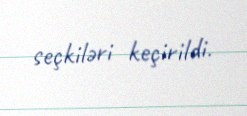
seçkiləri keçirildi.